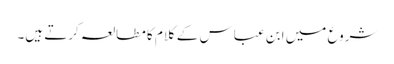
شروع میں ابن عباس کے کلام کا مطالعہ کرتے ہیں۔